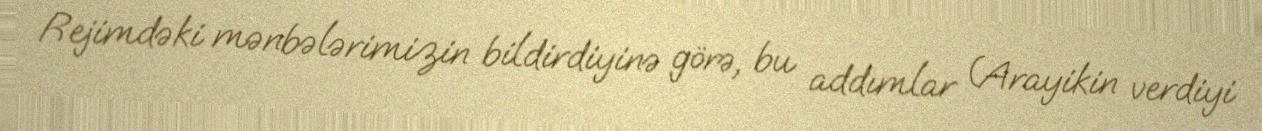
Rejimdəki mənbələrimizin bildirdiyinə görə, bu addımlar (Arayikin verdiyi